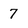
Character: 7